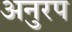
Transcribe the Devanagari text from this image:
अनुरप